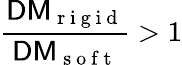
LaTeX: \frac{\textsf{DM}_{\mathrm{~r~i~g~i~d~}}}{\textsf{DM}_{\mathrm{~s~o~f~t~}}}>1